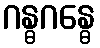
ဂန္ဓဂန္ဓေ